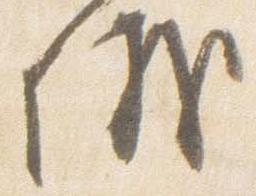
議